Problem: 22 + 39 = ?
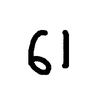
Handwritten answer: 61